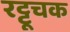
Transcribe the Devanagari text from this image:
रट्टूचक